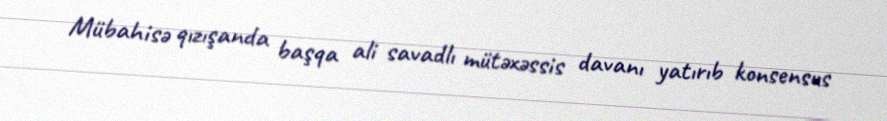
Mübahisə qızışanda başqa ali savadlı mütəxəssis davanı yatırıb konsensus